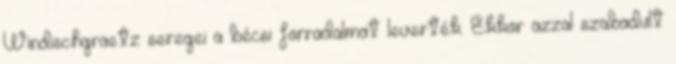
Windischgraetz seregei a bécsi forradalmat leverték. Ekkor azzal szabadult